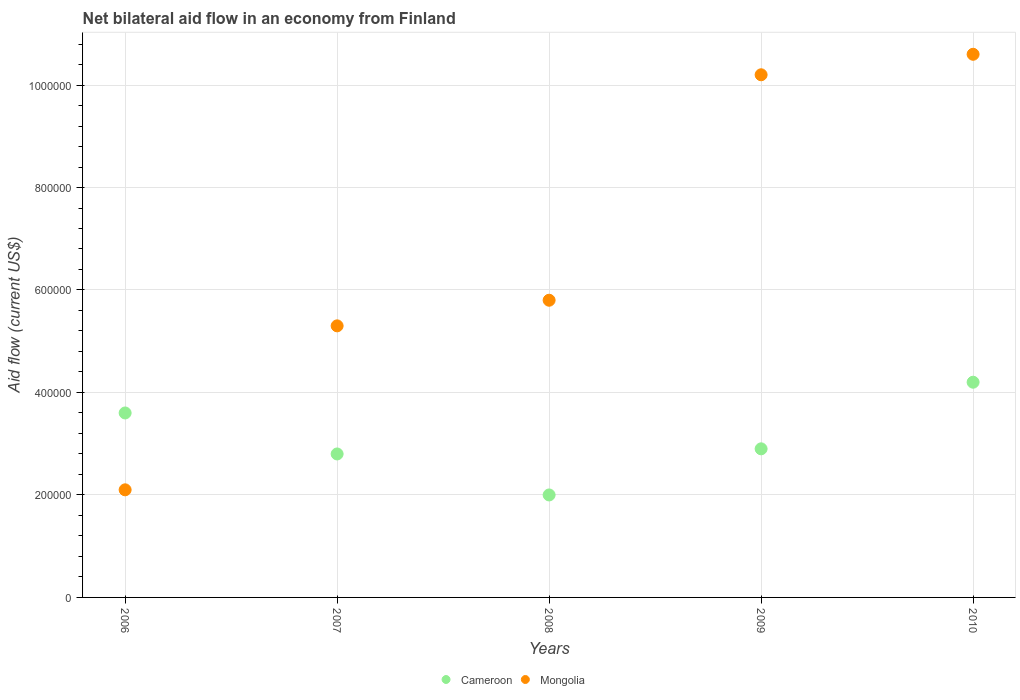
| Years | Cameroon | Mongolia |
 | --- | --- | --- |
 | 2006 | 3.6e+05 | 2.1e+05 |
 | 2007 | 2.8e+05 | 5.3e+05 |
 | 2008 | 2e+05 | 5.8e+05 |
 | 2009 | 2.9e+05 | 1.02e+06 |
 | 2010 | 4.2e+05 | 1.06e+06 |